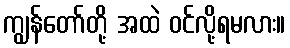
ကျွန်တော်တို့ အထဲ ဝင်လို့ရမလား။